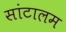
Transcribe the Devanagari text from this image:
सांटालम